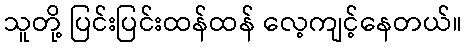
သူတို့ ပြင်းပြင်းထန်ထန် လေ့ကျင့်နေတယ်။